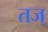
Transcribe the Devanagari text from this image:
तज्